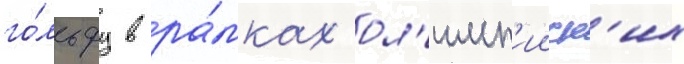
го́льфу в ра́мках ол'имп'ииск'их